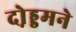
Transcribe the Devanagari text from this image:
दो़ड्डमने